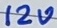
Text: 12V